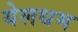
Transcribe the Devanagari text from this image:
येलधम